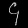
Digit: ၄